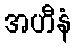
အဟီနံ